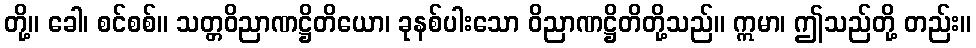
တို့။ ခေါ၊ စင်စစ်။ သတ္တဝိညာဏဋ္ဌိတိယော၊ ခုနစ်ပါးသော ဝိညာဏဋ္ဌိတိတို့သည်။ ဣမာ၊ ဤသည်တို့ တည်း။